Report on vaccination in Madras 1904-1921 - 1904-1921
Year: 1904
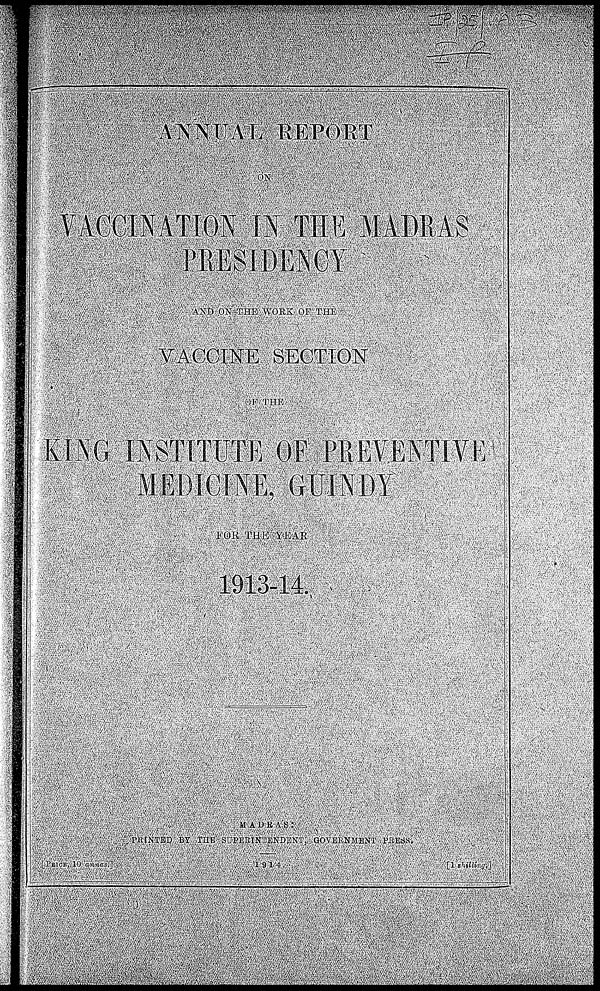
ANNUAL REPORT
ON
VACCINATION IN THE MADRAS
PRESIDENCY
AND ON THE WORK OF THE
VACCINE SECTION
OF THE
KING INSTITUTE OF PREVENTIVE
MEDICINE, GUINDY
FOR THE YEAR
1913-14.
MADRAS:
PRINTED BY THE SUPERINTENDENT, GOVERNMENT PRESS.
[PRICE, 10 annas.]
1914
[1 shilling.]